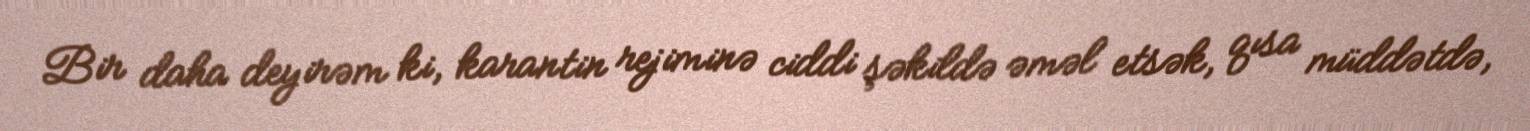
Bir daha deyirəm ki, karantin rejiminə ciddi şəkildə əməl etsək, qısa müddətdə,